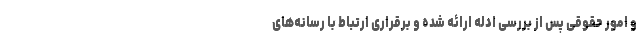
و امور حقوقی پس از بررسی ادله ارائه شده و برقراری ارتباط با رسانه‌های